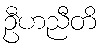
ဦဟညီတိ